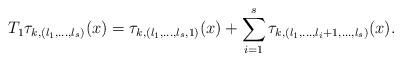
LaTeX: \begin{align*}T_1 \tau_{k,(l_1,\ldots,l_s)}(x)=\tau_{k,(l_1,\ldots,l_s,1)}(x) + \sum_{i=1}^s \tau_{k,(l_1,\ldots,l_i+1,\ldots,l_s)}(x) .\end{align*}